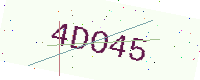
Text: 4DO45